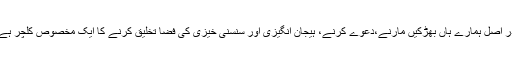
در اصل ہمارے ہاں بھڑکیں مارنے،دعوے کرنے، ہیجان انگیزی اور سنسنی خیزی کی فضا تخلیق کرنے کا ایک مخصوص کلچر ہے۔